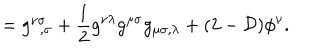
= g _ { ~ ~ , \sigma } ^ { \nu \sigma } + { \frac { 1 } { 2 } } g ^ { \nu \lambda } g ^ { \mu \sigma } g _ { \mu \sigma , \lambda } + ( 2 - { \cal D } ) \phi ^ { \nu } .